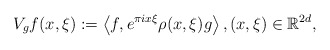
\begin{align*} V_g f(x,\xi) := \left<f,e^{\pi i x\xi} \rho(x,\xi) g\right> , (x,\xi)\in {\mathbb{R}^{2d}},\end{align*}